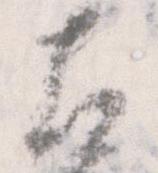
左